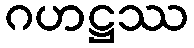
ဂဟဋ္ဌဿ